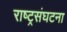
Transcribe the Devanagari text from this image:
राष्ट्रसंघटना